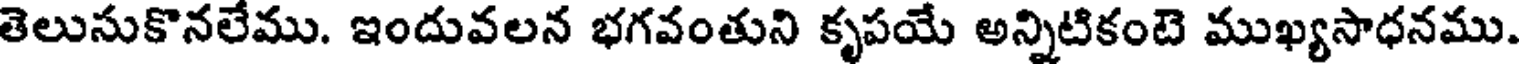
తెలుసుకొనలేము. ఇందువలన భగవంతుని కృపయే అన్నిటికంటె ముఖ్యసాధనము.